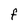
Character: F